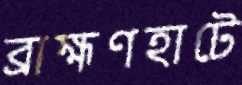
ব্রাহ্মণহাটে